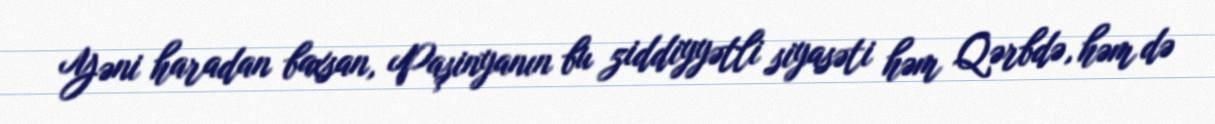
Yəni haradan baxsan, Paşinyanın bu ziddiyyətli siyasəti həm Qərbdə, həm də